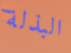
البذلة